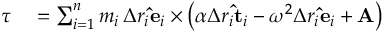
\begin{array} { r l } { { \boldsymbol { \tau } } } & { { } = \sum _ { i = 1 } ^ { n } m _ { i } \, \Delta r _ { i } \mathbf { \hat { e } } _ { i } \times \left( \alpha \Delta r _ { i } \mathbf { \hat { t } } _ { i } - \omega ^ { 2 } \Delta r _ { i } \mathbf { \hat { e } } _ { i } + \mathbf { A } \right) } \end{array}